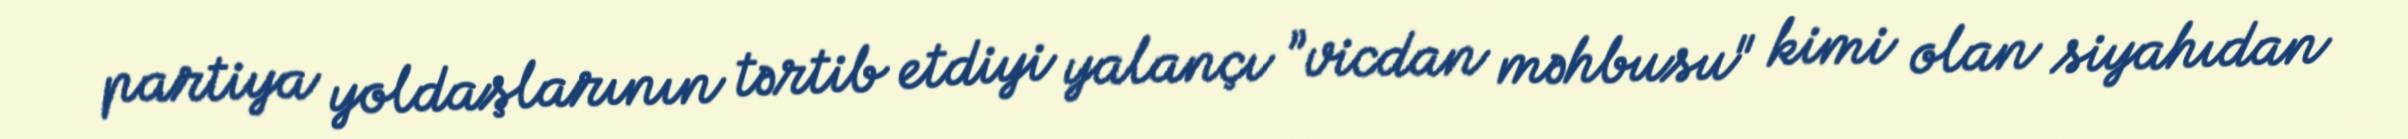
partiya yoldaşlarının tərtib etdiyi yalançı ”vicdan məhbusu" kimi olan siyahıdan